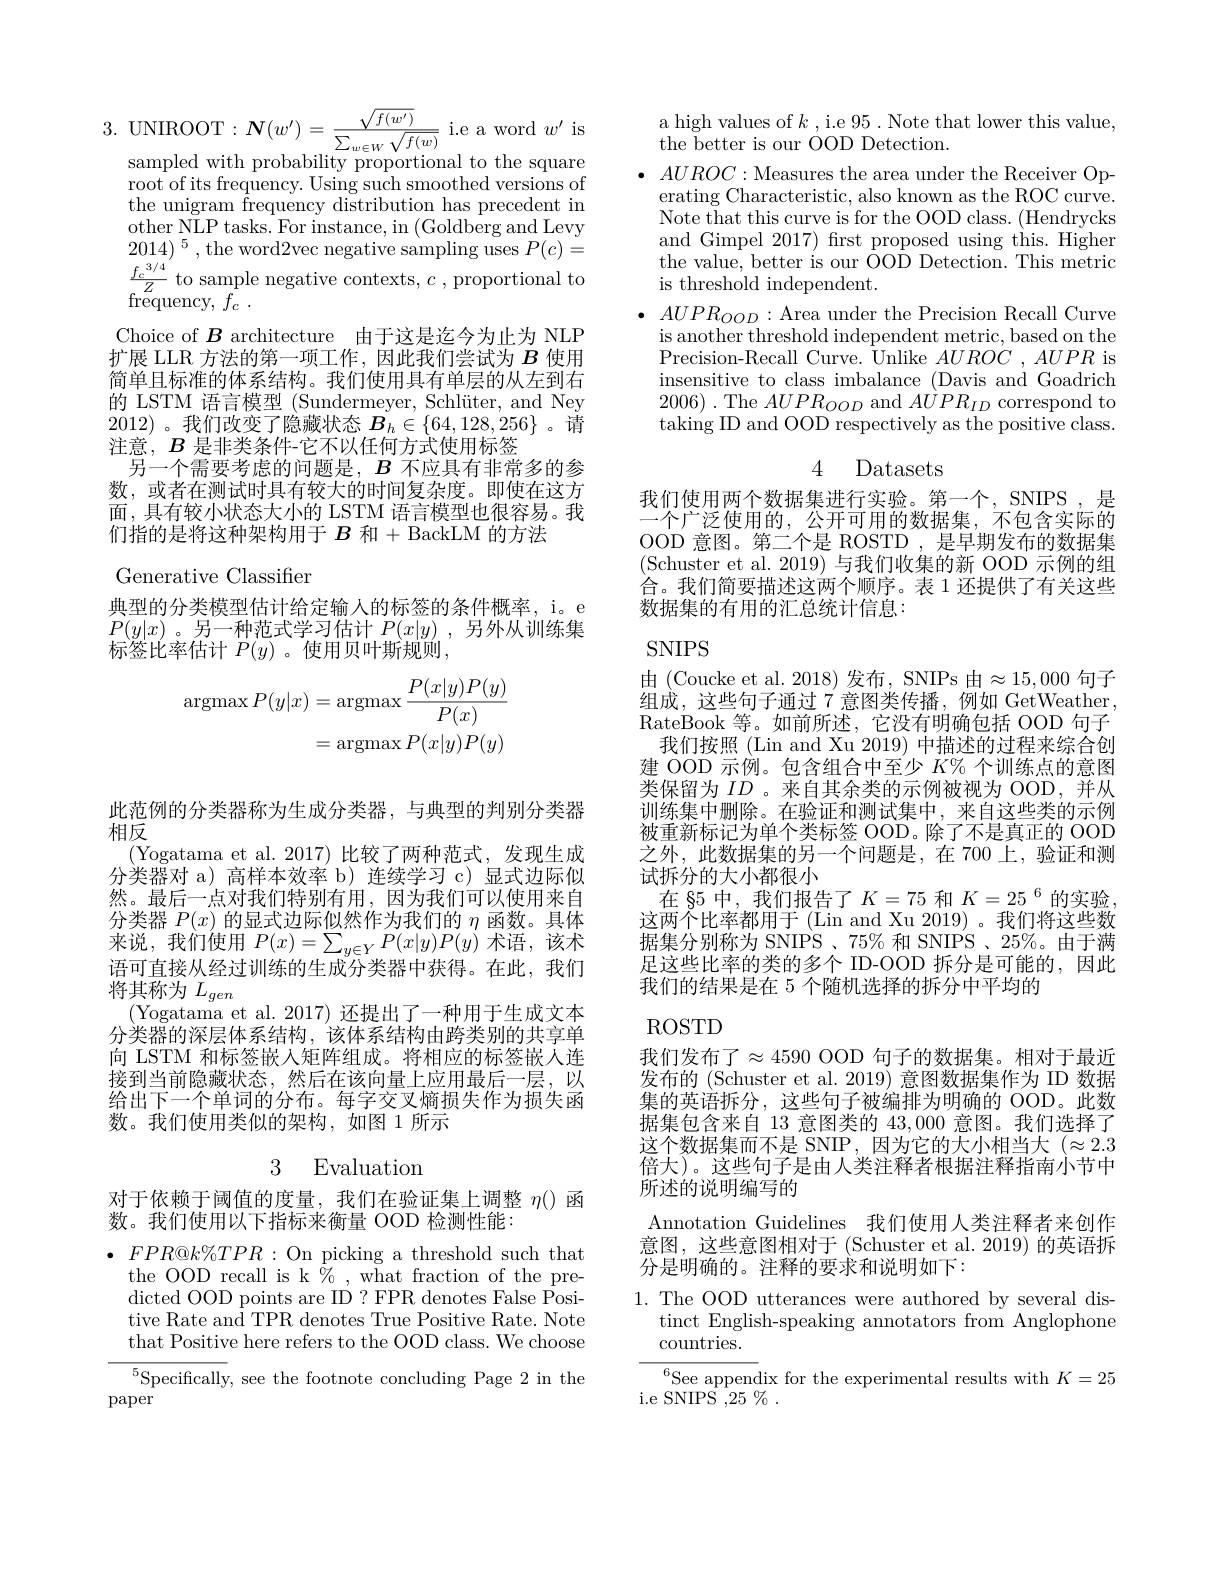
3.UNIROOT$:\boldsymbol{N}(w^{\prime})=\frac{\sqrt{f(w^{\prime})}}{\sum_{w\in W}\sqrt{f(w)}}$i.e a word $w^{\prime}$ is

sampled with probability proportional to the square

root of its frequency. Using such smoothed versions of the unigram frequency distribution has precedent in other NLP tasks. For instance, in (Goldberg and Levy $2014)^5$,the word2vec negative sampling uses $P(c)=$ $\frac{f_{c}^{3/4}}{z}$ to sample negative contexts, $c$ proportional to $\operatorname { \mathrm{frequency, ~}f_{c}}$ .
Choice of $B$ architecture 由于这是迄今为止为 NLP 扩展 LLR 方法的第一项工作，因此我们尝试为$B$使用简单且标准的体系结构。我们使用具有单层的从左到右的 LSTM 语言模型 (Sundermeyer, Schlüter, and Ney 2012)。我们改变了隐藏状态$\boldsymbol B_h\in\{64,128,256\}$ 。请注意，$B$是非类条件-它不以任何方式使用标签
另一个需要考虑的问题是，$B$不应具有非常多的参数，或者在测试时具有较大的时间复杂度。即使在这方面，具有较小状态大小的 LSTM 语言模型也很容易。我们指的是将这种架构用于 $B$ 和+ BackLM 的方法

Generative Classifier

典型的分类模型估计给定输人的标签的条件概率，i。e $P(y|x)$。另一种范式学习估计$P(x|y)$ ,另外从训练集标签比率估计$P(y)$ 。使用贝叶斯规则，
$$\begin{aligned}\operatorname{argmax}P(y|x)&=\operatorname{argmax}\frac{P(x|y)P(y)}{P(x)}\\&=\operatorname{argmax}P(x|y)P(y)\end{aligned}$$
此范例的分类器称为生成分类器，与典型的判别分类器
相反
(Yogatama et al.2017)比较了两种范式，发现生成分类器对 a) 高样本效率 b) 连续学习 c) 显式边际似然。最后一点对我们特别有用，因为我们可以使用来自分类器$P(x)$的显式边际似然作为我们的$\eta$函数。具体来说，我们使用$P(x)=\sum_{y\in Y}P(x|y)P(y)$术语，该术语可直接从经过训练的生成分类器中获得。在此，我们将其称为$L_gen$
(Yogatama et al. 2017)还提出了一种用于生成文本分类器的深层体系结构，该体系结构由跨类别的共享单向 LSTM 和标签嵌入矩阵组成。将相应的标签嵌人连接到当前隐藏状态，然后在该向量上应用最后一层，以给出下一个单词的分布。每字交叉熵损失作为损失函数。我们使用类似的架构，如图 1 所示

3 Evaluation

对于依赖于阈值的度量，我们在验证集上调整$\eta()$函
数。我们使用以下指标来衡量 OOD 检测性能：

$\bullet$ $FPR@ k\% TPR:$On picking a threshold such that
the OOD recall is k $\%$,what fraction of the predicted OOD points are ID? FPR denotes False Positive Rate and TPR denotes True Positive Rate. Note that Positive here refers to the OOD class. We choose $^5$Specifically, see the footnote concluding Page 2 in the
paper

a high values of $k$ , i.e 95 . Note that lower this value,
the better is our OOD Detection.
$\bullet$ $AUROC:$Measures the area under the Receiver Op-
erating Characteristic, also known as the ROC curve. Note that this curve is for the OOD class. (Hendrycks and Gimpel 2017) first proposed using this. Higher the value, better is our OOD Detection. This metric is threshold independent.
$AUPR_{OOD}:$Area under the Precision Recall Curve is another threshold independent metric, based on the Precision-Recall Curve. Unlike $AUROC$ , $AUPR$ is insensitive to class imbalance (Davis and Goadrich 2006).The $AUPR_{OOD}$ and $AUPR_ID$ correspond to taking ID and OOD respectively as the positive class.

## 4 Datasets

我们使用两个数据集进行实验。第一个，SNIPS ,是一个广泛使用的，公开可用的数据集，不包含实际的OOD 意图。第二个是 ROSTD ,是早期发布的数据集(Schuster et al. 2019)与我们收集的新 OOD 示例的组合。我们简要描述这两个顺序。表 1 还提供了有关这些数据集的有用的汇总统计信息：

SNIPS

由 (Coucke et al. 2018) 发布，SNIPs 由$\approx15,000$ 句子组成，这些句子通过 7$^{\prime}$意图类传播，例如 GetWeather RateBook 等。如前所述，它没有明确包括 OOD 句子
我们按照 (Lin and Xu 2019) 中描述的过程来综合创建 OOD 示例。包含组合中至少$K\%$个训练点的意图类保留为$ID$ 。来自其余类的示例被视为 OOD,并从训练集中删除。在验证和测试集中，来自这些类的示例被重新标记为单个类标签 OOD。除了不是真正的 OOD 之外，此数据集的另一个问题是，在 700 上，验证和测试拆分的大小都很小
在 85 中，我们报告了$K=75$和$K=25^6$的实验这两个比率都用于 (Lin and Xu 2019)。我们将这些数据集分别称为 SNIPS 、75% 和 SNIPS 、25%。由于满足这些比率的类的多个 ID-OOD 拆分是可能的，因此我们的结果是在 5 个随机选择的拆分中平均的

$\operatorname{ROSTD}$

我们发布了$\approx4590$ OOD 句子的数据集。相对于最近发布的 (Schuster et al.2019) 意图数据集作为 ID 数据集的英语拆分，这些句子被编排为明确的 OOD。此数据集包含来自 13 意图类的 43,000 意图。我们选择了这个数据集而不是 SNIP,因为它的大小相当大$(\approx2.3$ 倍大)。这些句子是由人类注释者根据注释指南小节中所述的说明编写的

Annotation Guidelines 我们使用人类注释者来创作意图，这些意图相对于(Schuster et al.2019)的英语拆分是明确的。注释的要求和说明如下：

1. The OOD utterances were authored by several dis-
tinct English-speaking annotators from Anglophone
countries.
${{}^{6}\text{See appendix for the experimental results with }}K=25$
${\mathrm{i.e~SNIPS~,25~\%}}$